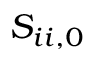
S _ { i i , 0 }